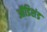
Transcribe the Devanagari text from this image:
ऑडिशंड